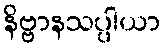
နိဗ္ဗာနသပ္ပါယာ